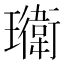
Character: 𭺎